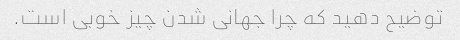
توضیح دهید که چرا جهانی شدن چیز خوبی است.